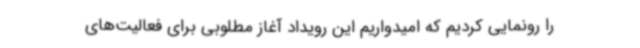
را رونمایی کردیم که امیدواریم این رویداد آغاز مطلوبی برای فعالیت‌های